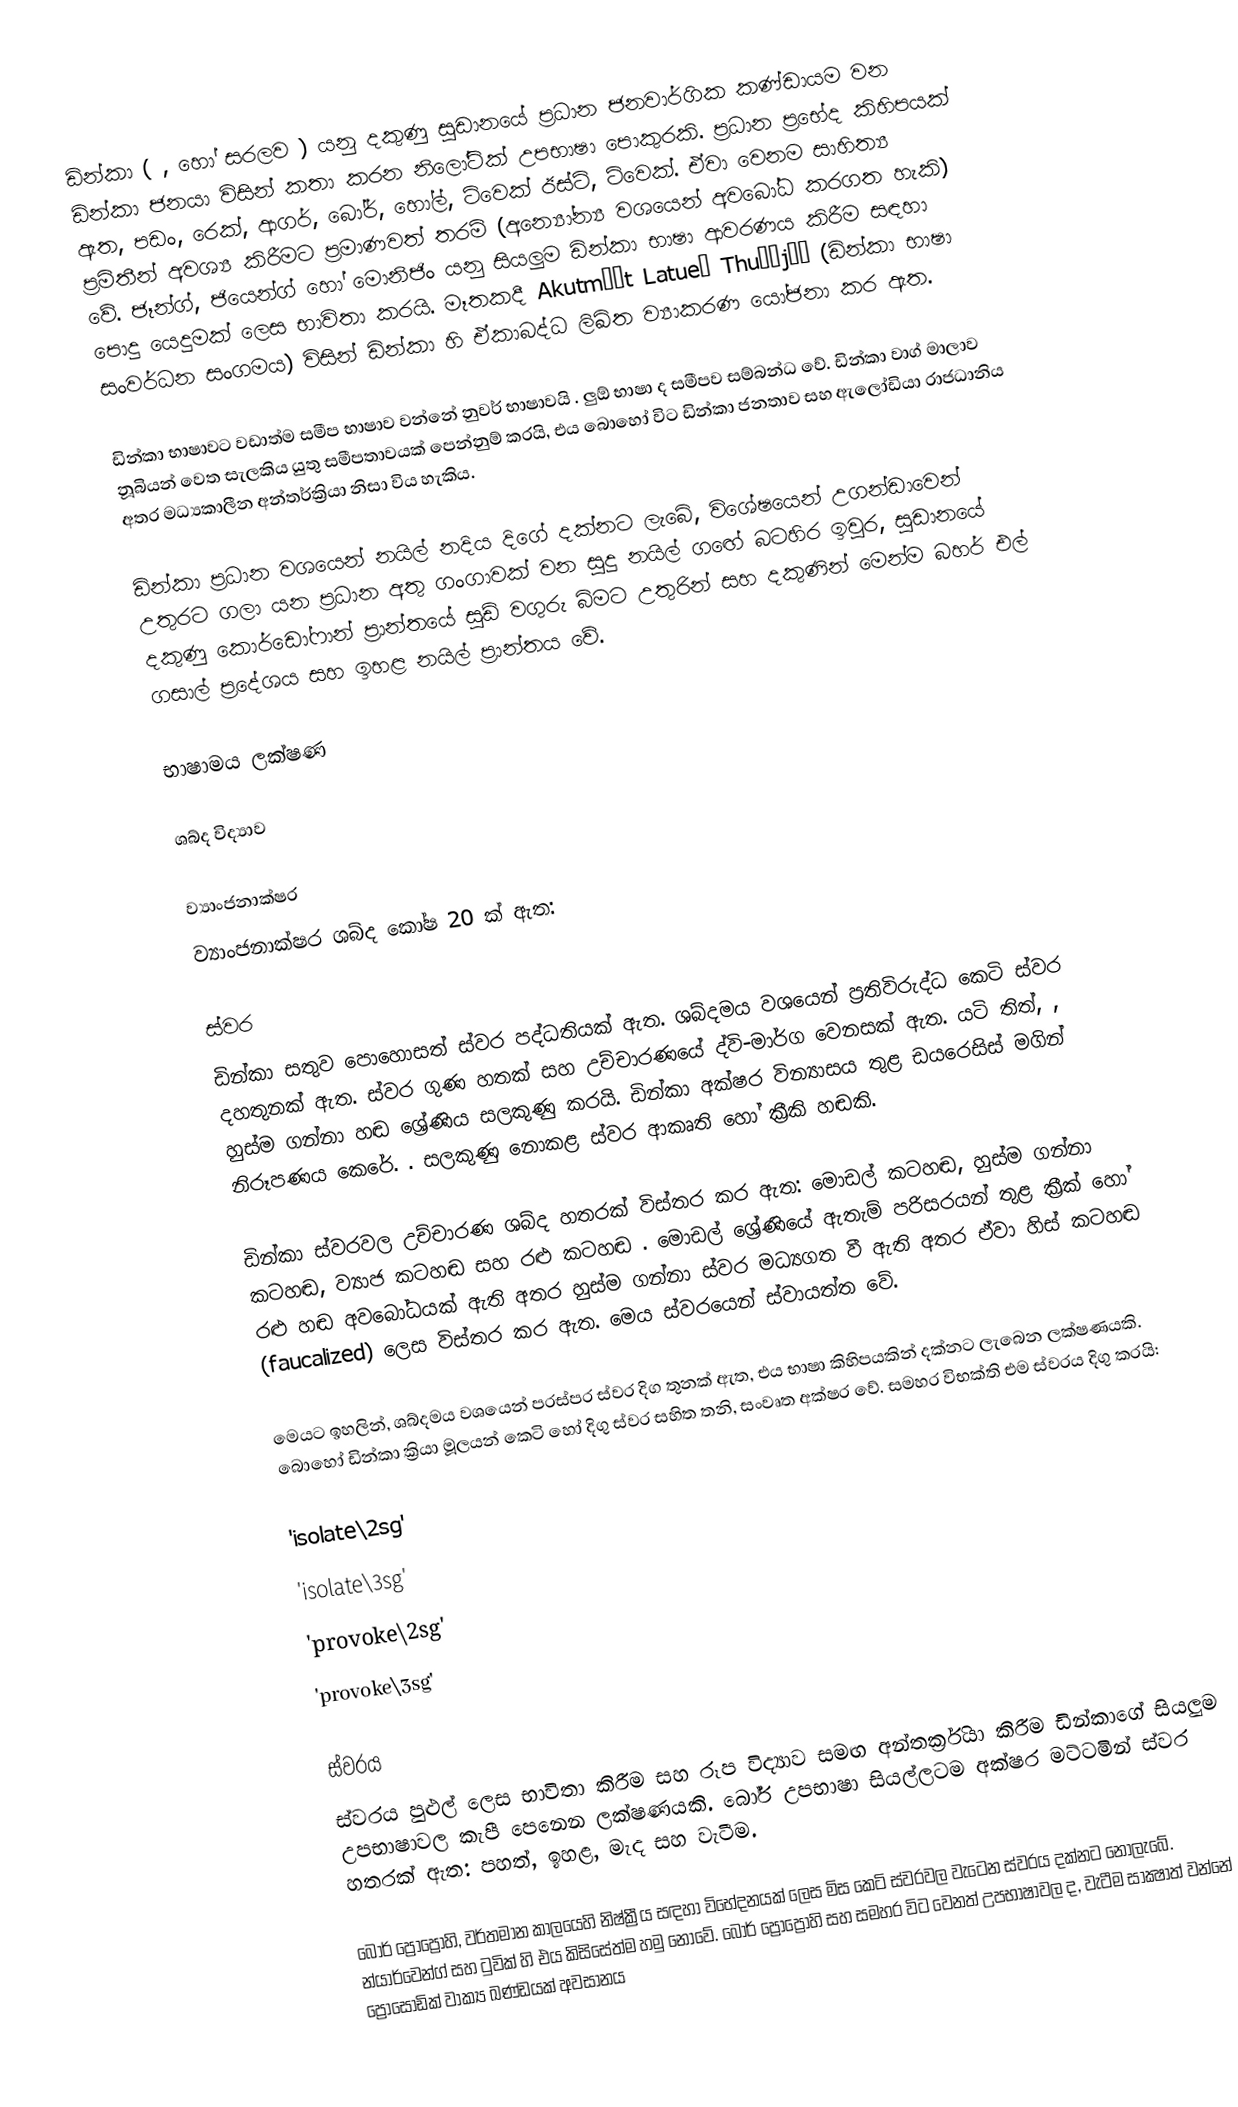
ඩින්කා (  ,  හෝ සරලව  ) යනු දකුණු සුඩානයේ ප්‍රධාන ජනවාර්ගික කණ්ඩායම වන ඩින්කා ජනයා විසින් කතා කරන නිලෝටික් උපභාෂා පොකුරකි. ප්‍රධාන ප්‍රභේද කිහිපයක් ඇත, පඩං, රෙක්, ආගර්, බෝර්, හෝල්, ට්වෙක් ඊස්ට්, ට්වෙක්.  ඒවා වෙනම සාහිත්‍ය ප්‍රමිතීන් අවශ්‍ය කිරීමට ප්‍රමාණවත් තරම් (අන්‍යෝන්‍ය වශයෙන් අවබෝධ කරගත හැකි) වේ. ජෑන්ග්, ජියෙන්ග් හෝ මොනිජිං යනු සියලුම ඩින්කා භාෂා ආවරණය කිරීම සඳහා පොදු යෙදුමක් ලෙස භාවිතා කරයි. මෑතකදී Akutmɛ̈t Latueŋ Thuɔŋjäŋ (ඩින්කා භාෂා සංවර්ධන සංගමය) විසින් ඩින්කා හි ඒකාබද්ධ ලිඛිත ව්‍යාකරණ යෝජනා කර ඇත.

ඩින්කා භාෂාවට වඩාත්ම සමීප භාෂාව වන්නේ නුවර් භාෂාවයි . ලුඕ භාෂා ද සමීපව සම්බන්ධ වේ. ඩින්කා වාග් මාලාව නූබියන් වෙත සැලකිය යුතු සමීපතාවයක් පෙන්නුම් කරයි, එය බොහෝ විට ඩින්කා ජනතාව සහ ඇලෝඩියා රාජධානිය අතර මධ්‍යකාලීන අන්තර්ක්‍රියා නිසා විය හැකිය.

ඩින්කා ප්‍රධාන වශයෙන් නයිල් නදිය දිගේ දක්නට ලැබේ, විශේෂයෙන් උගන්ඩාවෙන් උතුරට ගලා යන ප්‍රධාන අතු ගංගාවක් වන සුදු නයිල් ගඟේ බටහිර ඉවුර, සුඩානයේ දකුණු කොර්ඩෝෆාන් ප්‍රාන්තයේ සුඩ් වගුරු බිමට උතුරින් සහ දකුණින් මෙන්ම බහර් එල් ගසාල් ප්‍රදේශය සහ ඉහළ නයිල් ප්‍රාන්තය වේ.

භාෂාමය ලක්ෂණ

ශබ්ද විද්‍යාව

ව්‍යාංජනාක්ෂර
ව්‍යාංජනාක්ෂර ශබ්ද කෝෂ 20 ක් ඇත:

ස්වර
ඩින්කා සතුව පොහොසත් ස්වර පද්ධතියක් ඇත. ශබ්දමය වශයෙන් ප්‍රතිවිරුද්ධ කෙටි ස්වර දහතුනක් ඇත. ස්වර ගුණ හතක් සහ උච්චාරණයේ ද්වි-මාර්ග වෙනසක් ඇත. යටි තිත්, , හුස්ම ගන්නා හඬ ශ්‍රේණිය සලකුණු කරයි. ඩින්කා අක්ෂර වින්‍යාසය තුළ ඩයරෙසිස් මගින් නිරූපණය කෙරේ.  . සලකුණු නොකළ ස්වර ආකෘති හෝ ක්‍රීකි හඬකි.

ඩින්කා ස්වරවල උච්චාරණ ශබ්ද හතරක් විස්තර කර ඇත: මොඩල් කටහඬ, හුස්ම ගන්නා කටහඬ, ව්‍යාජ කටහඬ සහ රළු කටහඬ . මොඩල් ශ්‍රේණියේ ඇතැම් පරිසරයන් තුළ ක්‍රීක් හෝ රළු හඬ අවබෝධයක් ඇති අතර හුස්ම ගන්නා ස්වර මධ්‍යගත වී ඇති අතර ඒවා හිස් කටහඬ (faucalized) ලෙස විස්තර කර ඇත. මෙය ස්වරයෙන් ස්වායත්ත වේ.

මෙයට ඉහලින්, ශබ්දමය වශයෙන් පරස්පර ස්වර දිග තුනක් ඇත, එය භාෂා කිහිපයකින් දක්නට ලැබෙන ලක්ෂණයකි.  බොහෝ ඩින්කා ක්‍රියා මූලයන් කෙටි හෝ දිගු ස්වර සහිත තනි, සංවෘත අක්ෂර වේ. සමහර විභක්ති එම ස්වරය දිගු කරයි:

  'isolate\2sg'
  'isolate\3sg'
  'provoke\2sg'
  'provoke\3sg'

ස්වරය
ස්වරය පුළුල් ලෙස භාවිතා කිරීම සහ රූප විද්‍යාව සමඟ අන්තර්ක්‍රියා කිරීම ඩින්කාගේ සියලුම උපභාෂාවල කැපී පෙනෙන ලක්ෂණයකි. බෝර් උපභාෂා සියල්ලටම අක්ෂර මට්ටමින් ස්වර හතරක් ඇත: පහත්, ඉහළ, මැද සහ වැටීම.

බෝර් ප්‍රොප්‍රෝහි, වර්තමාන කාලයෙහි නිෂ්ක්‍රීය සඳහා විභේදනයක් ලෙස මිස කෙටි ස්වරවල වැටෙන ස්වරය දක්නට නොලැබේ. න්යාර්වෙන්ග් සහ ටුවික්  හි එය කිසිසේත්ම හමු නොවේ. බෝර් ප්‍රොප්‍රෝහි සහ සමහර විට වෙනත් උපභාෂාවල ද, වැටීම සාක්‍ෂාත් වන්නේ ප්‍රොසෝඩික් වාක්‍ය ඛණ්ඩයක් අවසානය